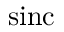
\mathrm { s i n c }